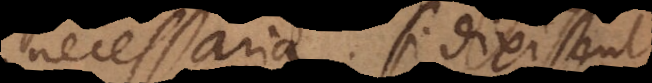
necessaria. Si dixissent